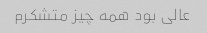
عالی بود همه چیز متشکرم